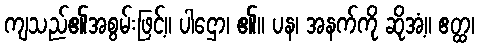
ကျသည်၏အစွမ်းဖြင့်။ ပါဌော၊ ၏။ ပန၊ အနက်ကို ဆိုအံ့။ ဧတ္ထ၊